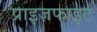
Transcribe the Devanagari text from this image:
प्राइज़फाइट